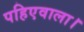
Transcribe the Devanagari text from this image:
पहिएवाला।